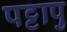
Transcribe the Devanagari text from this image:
पट्टापु